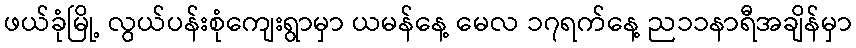
ဖယ်ခုံမြို့ လွယ်ပန်းစုံကျေးရွာမှာ ယမန်နေ့ မေလ ၁၇ရက်နေ့ ည၁၁နာရီအချိန်မှာ